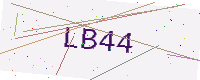
Text: LB44